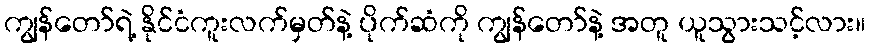
ကျွန်တော်ရဲ့ နိုင်ငံကူးလက်မှတ်နဲ့ ပိုက်ဆံကို ကျွန်တော်နဲ့ အတူ ယူသွားသင့်လား။